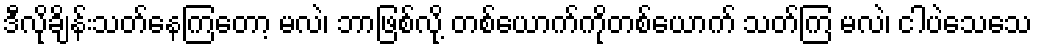
ဒီလိုချိန်းသတ်နေကြတော့ မလဲ၊ ဘာဖြစ်လို့ တစ်ယောက်ကိုတစ်ယောက် သတ်ကြ မလဲ၊ ငါပဲသေသေ